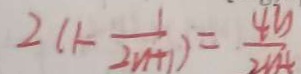
2 ( 1 - \frac { 1 } { 2 n + 1 } ) = \frac { 4 y } { 2 n + }